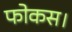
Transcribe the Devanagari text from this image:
फोकस।